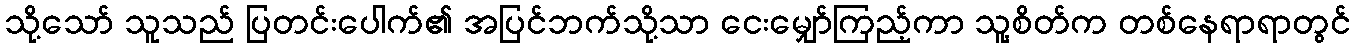
သို့သော် သူသည် ပြတင်းပေါက်၏ အပြင်ဘက်သို့သာ ငေးမျှော်ကြည့်ကာ သူ့စိတ်က တစ်နေရာရာတွင်